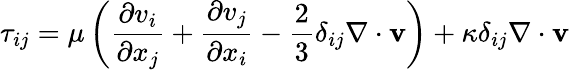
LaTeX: \tau_{ij}=\mu\left({\frac{\partial v_{i}}{\partial x_{j}}}+{\frac{\partial v_{j}}{\partial x_{i}}}-{\frac{2}{3}}\delta_{ij}\nabla\cdot\mathbf{v}\right)+\kappa\delta_{ij}\nabla\cdot\mathbf{v}